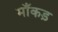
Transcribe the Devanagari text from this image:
माँकड़